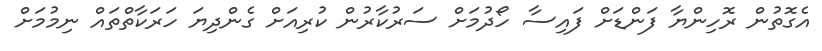
އެގޮތުން ރޮހިންޔާ ފަންޑަށް ފައިސާ ހޯދުމަށް ސަރުކާރުން ކުރިއަށް ގެންދިޔަ ހަރަކާތްތައް ނިމުމަށް